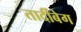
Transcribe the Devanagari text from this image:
तार्दीबेग